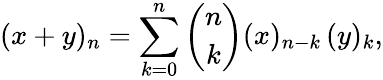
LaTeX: (x+y)_{n}=\sum_{k=0}^{n}{\binom{n}{k}}(x)_{n-k}\, (y)_{k},